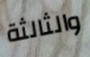
والثالثة